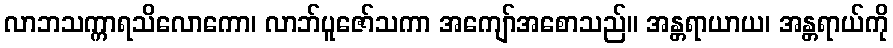
လာဘသက္ကာရသိလောကော၊ လာဘ်ပူဇော်သကာ အကျော်အစောသည်။ အန္တရာယာယ၊ အန္တရာယ်ကို